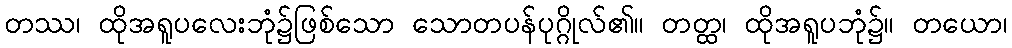
တဿ၊ ထိုအရူပလေးဘုံ၌ဖြစ်သော သောတပန်ပုဂ္ဂိုလ်၏။ တတ္ထ၊ ထိုအရူပဘုံ၌။ တယော၊